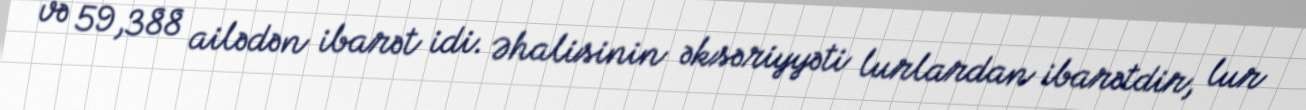
və 59,388 ailədən ibarət idi. Əhalisinin əksəriyyəti lurlardan ibarətdir, lur